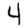
Digit: 4